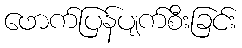
ဖောက်ပြန်ပျက်စီးခြင်း